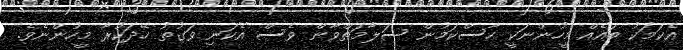
އެކަމަކު ބައެއް މީހުންނަކީ ހާސްކަމުން ސަލާމަތްވާން ވެސް އެކަނި ވަގުތު ހޭދަކުރާ މީހުންނެވެ.